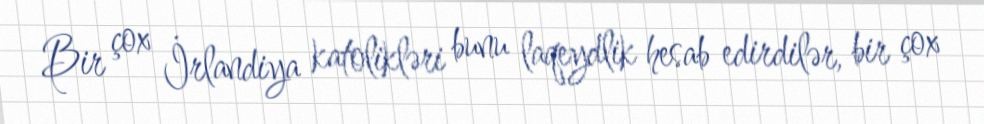
Bir çox İrlandiya katolikləri bunu laqeydlik hesab edirdilər, bir çox